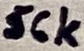
Text: 56k